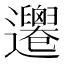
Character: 𨙙